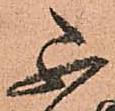
不